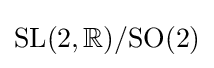
{\text{SL}}(2,\mathbb {R} )/{\text{SO}}(2)